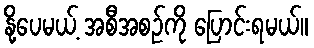
နို့ပေမယ့် အစီအစဉ်ကို ပြောင်းရမယ်။